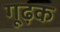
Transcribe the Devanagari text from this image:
गूढ़क